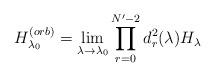
LaTeX: \begin{align*}H^{(orb)}_{\lambda_0}=\lim_{\lambda \rightarrow \lambda_0} \prod^{N' -2}_{r=0}d^2_r ( \lambda) H_{\lambda}\end{align*}